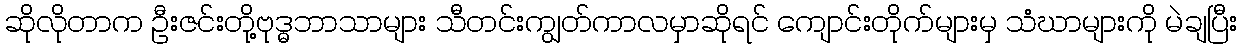
ဆိုလိုတာက ဦးဇင်းတို့ဗုဒ္ဓဘာသာများ သီတင်းကျွတ်ကာလမှာဆိုရင် ကျောင်းတိုက်များမှ သံဃာများကို မဲချပြီး